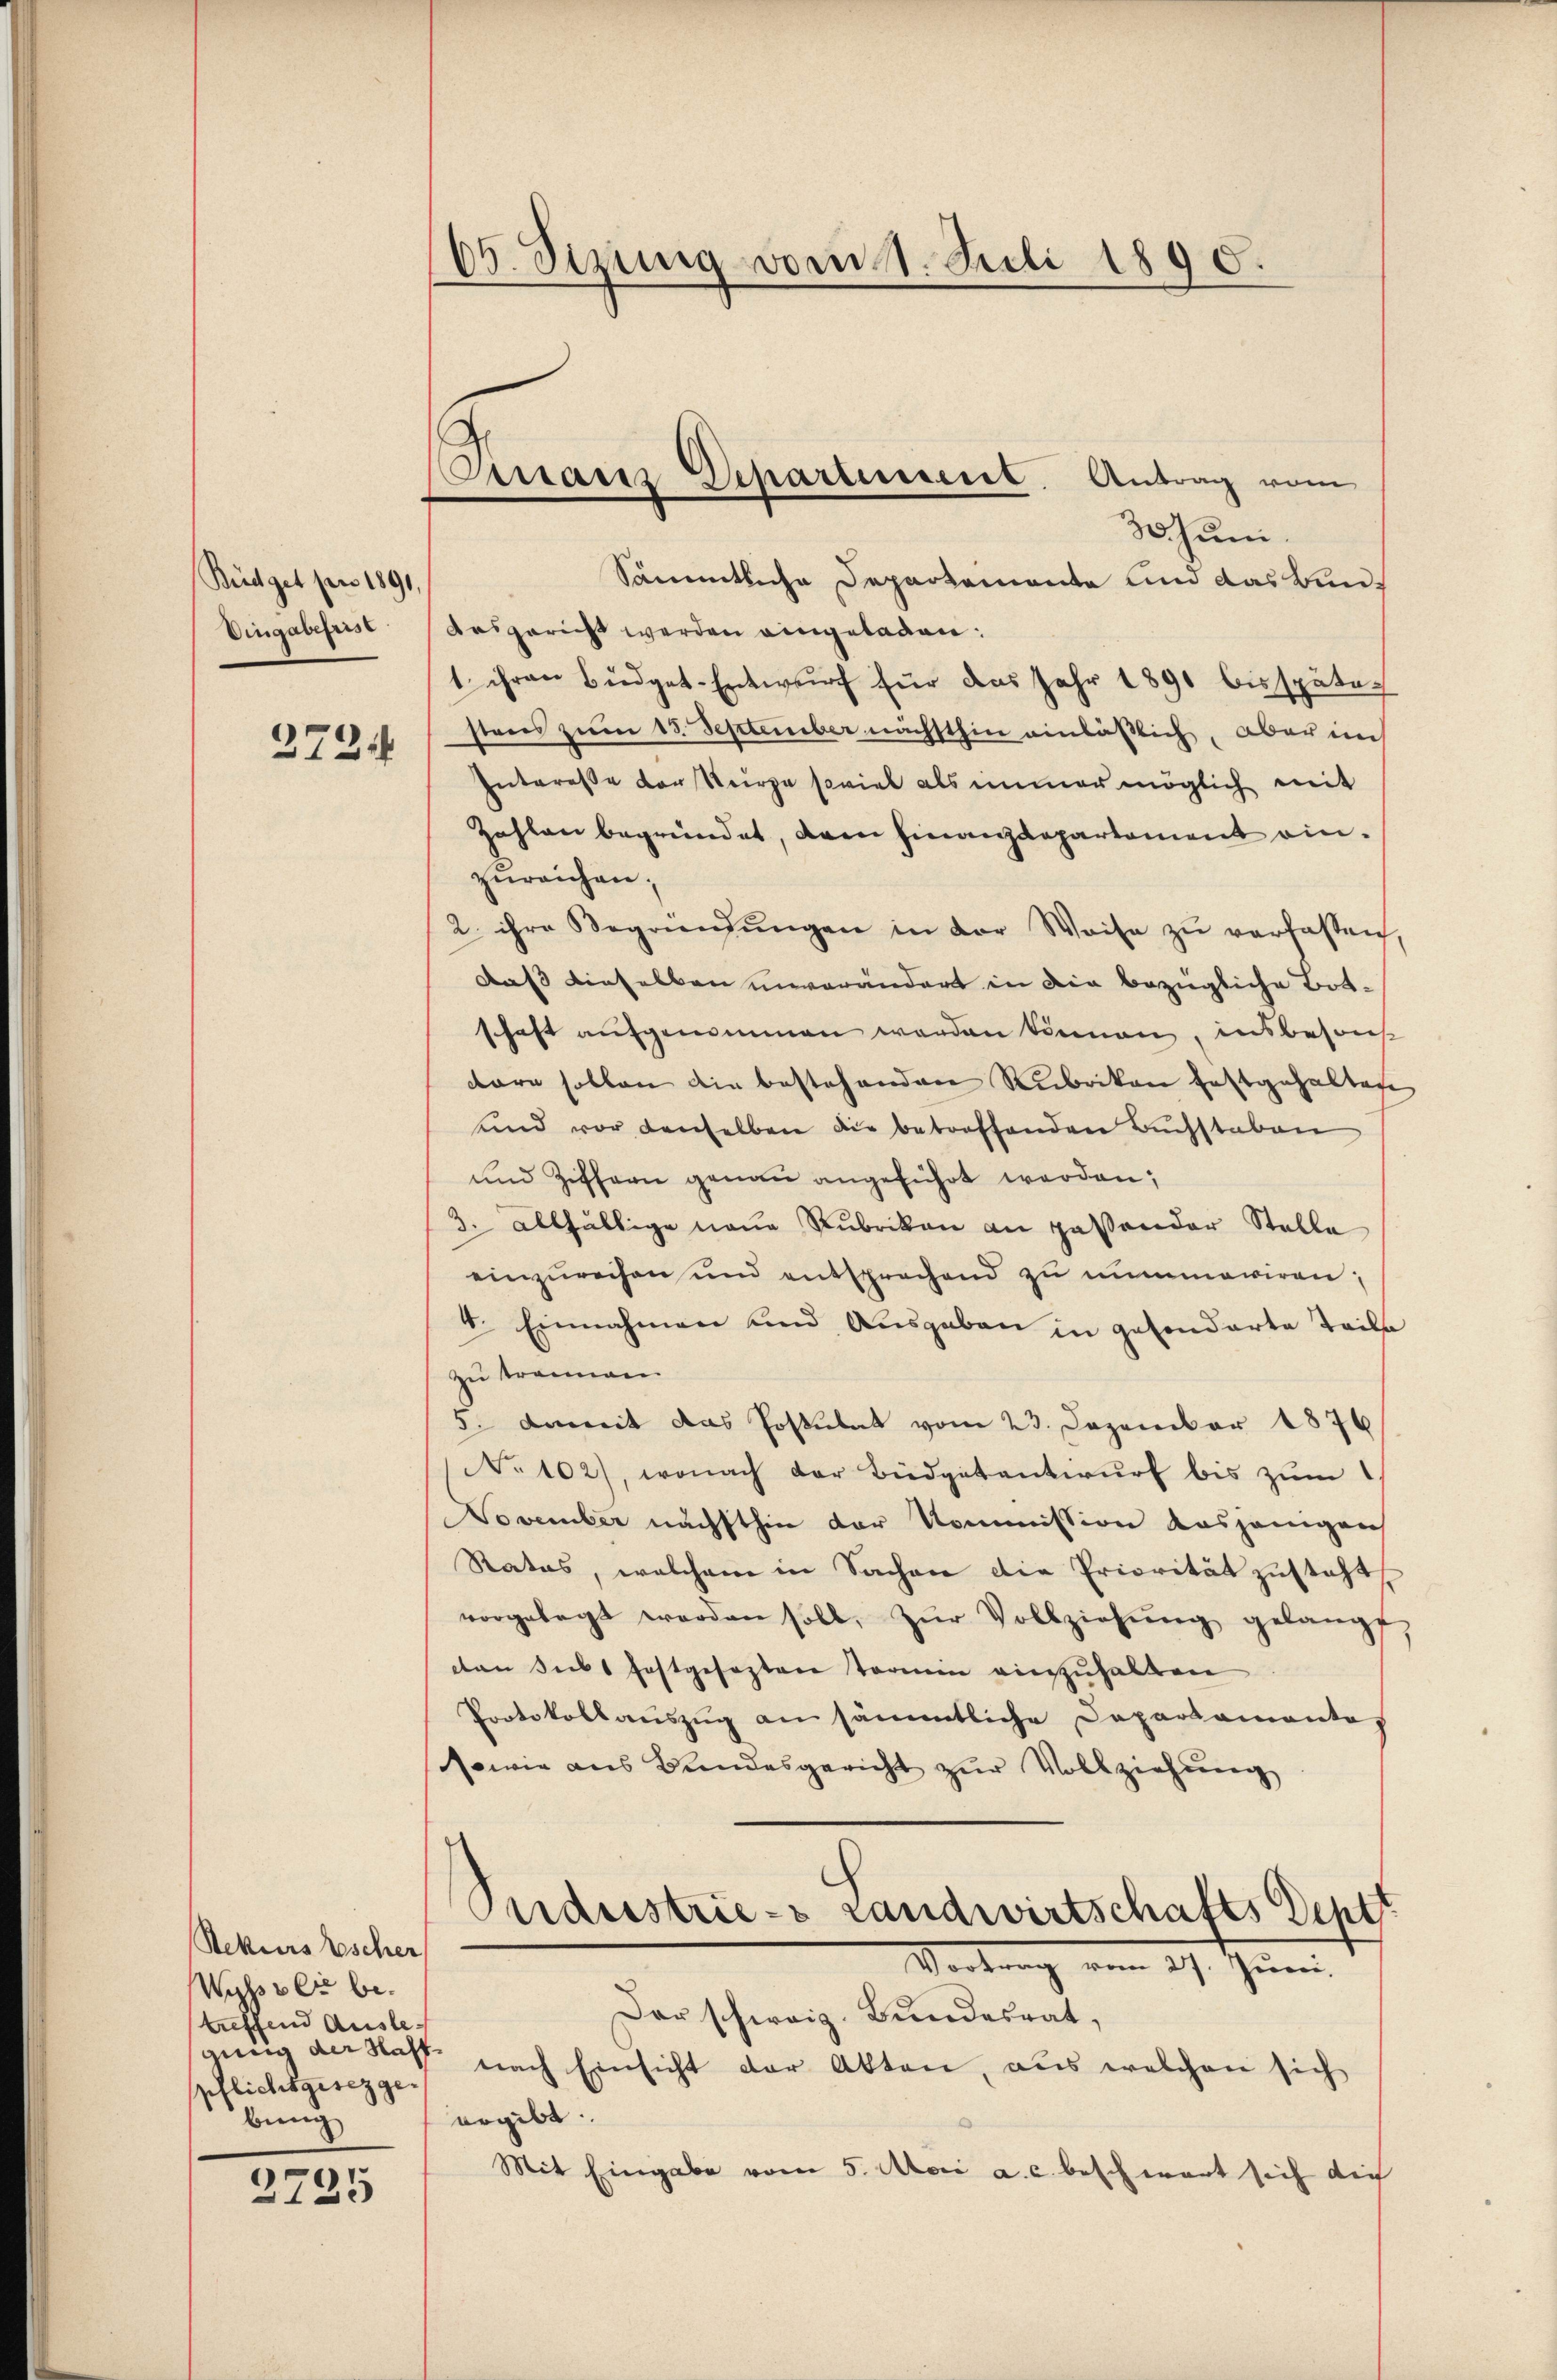
Büdget pro 1891
Eingabefrist
2734

Rekurs Escher
Wyss er betreffend Ausleannig der Haffbung

2735

100. Sizung vom 11. Juli 1890.

3 zum
Sämmtliche Departemente und das Bundasgericht werden eingeladen:
1. ihren Büdget-Entwurf für das Jahr 1891 bis spätag
stens zum 13. September nächsthin einläßlich, aber im
Interesse der Steire soviel als immer möglich mit
Zahlen begründet, den Finanzdepartement einzureichen;
2. ihre Begründŭngen in der Weise zŭ verfassen,
Daß dieselben unverändert in die bezügliche Botschaft aufgenommen werden können, insbesond
tare sollen die bestehenden Rubrikan festgehaltene
und vor denselben die betreffenden Buchstaben
und Ziffern genau angeführt werden;
3. allfällige neue Rubrikon an paßender Stelle
einzurechen und entsprechend zu nummariren;
4. Einnahmen und Ausgaben in gesonderte Teile
zu trennen
5. damit das Postulat vom 23. Dezember 1876
No 102), wonach der Büdgetantwurf bis zum
Vovember nächsthin der Kommission dasjenigen
Rates, welchem in Sachen die Priorität zusteht,
vorgelegt werden soll, zŭr Vollziehŭng gelangt,
can siebt festgesezten Termin einzuhalten
Protokollaŭszŭg an sämmtliche Departamenta
sowie aus Bundesgericht zur Vollziehung
Sndustries Landwirtschafts Deptt
Vertrag vom 27. Juni
Der schweiz. Bundesrat,
pflichtgesezge nach Einsicht der Akten, aus welchen sich
ergibt. |
Mit Eingabe vom 5. Mai a. c. beschwart sich die

Finanz Departement. Antrag vom